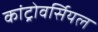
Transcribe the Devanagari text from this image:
कांट्रोवर्सियल